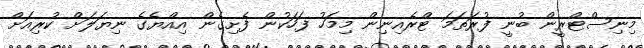
މިނިސްޓްރީން ބުނީ ފުރަތަމަ ޓްރެއިނިން މިމަހު ފަހަކުން ފެށިގެން އިއްޔެގެ ނިޔަލަށް ކުރިއަށް